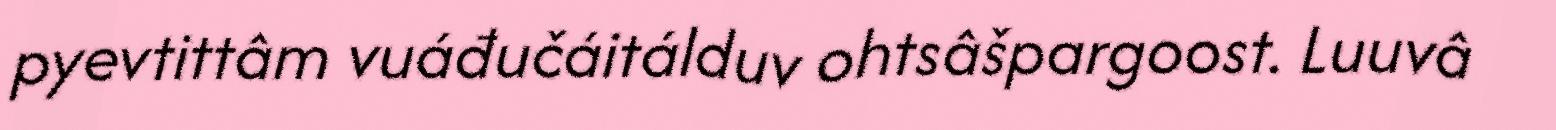
pyevtittâm vuáđučáitálduv ohtsâšpargoost. Luuvâ